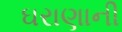
ઘરાણાની